Annual report of the Imperial Bacteriologist
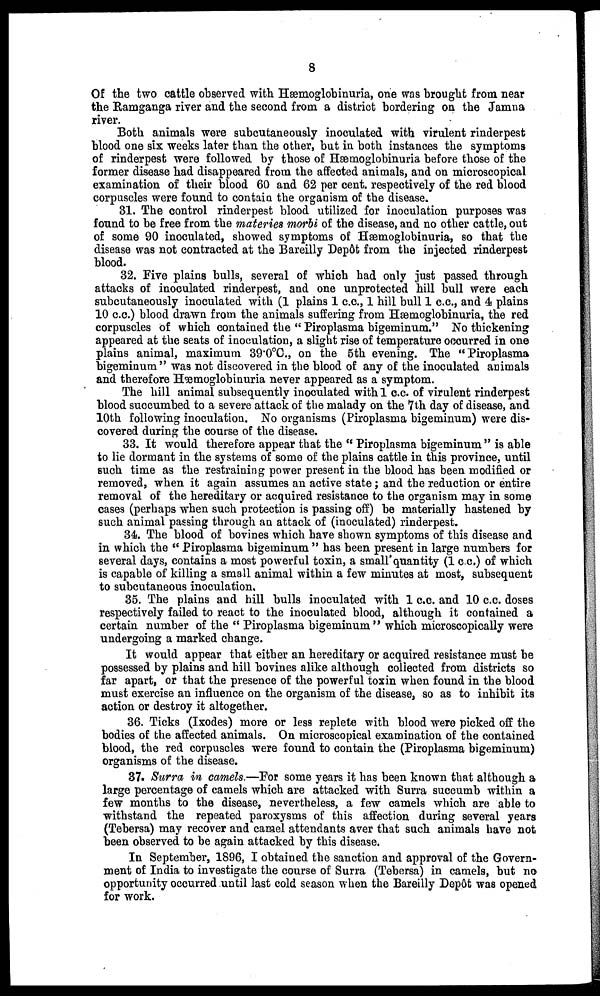
8
Of the two cattle observed with Hæmoglobinuria, one was brought from near
the Ramganga river and the second from a district bordering on the Jamna
river.
Both animals were subcutaneously inoculated with virulent rinderpest
blood one six weeks later than the other, but in both instances the symptoms
of rinderpest were followed by those of Hæmoglobinuria before those of the
former disease had disappeared from the affected animals, and on microscopical
examination of their blood 60 and 62 per cent. respectively of the red blood
corpuscles were found to contain the organism of the disease.
31. The control rinderpest blood utilized for inoculation purposes was
found to be free from the materies morbi of the disease, and no other cattle, out
of some 90 inoculated, showed symptoms of Hæmoglobinuria, so that the
disease was not contracted at the Bareilly Depôt from the injected rinderpest
blood.
32. Five plains bulls, several of which had only just passed through
attacks of inoculated rinderpest, and one unprotected hill bull were each
subcutaneously inoculated with (1 plains 1 c.c., 1 hill bull 1 c.c., and 4 plains
10 c.c.) blood drawn from the animals suffering from Hæmoglobinuria, the red
corpuscles of which contained the " Piroplasma bigeminum." No thickening
appeared at the seats of inoculation, a slight rise of temperature occurred in one
plains animal, maximum 39.0°C., on the 5th evening. The "Piroplasma
bigeminum" was not discovered in the blood of any of the inoculated animals
and therefore Hæmoglobinuria never appeared as a symptom.
The hill animal subsequently inoculated with 1 c.c. of virulent rinderpest
blood succumbed to a severe attack of the malady on the 7th day of disease, and
10th following inoculation. No organisms (Piroplasma bigeminum) were dis-
covered during the course of the disease.
33. It would therefore appear that the " Piroplasma bigeminum " is able
to lie dormant in the systems of some of the plains cattle in this province, until
such time as the restraining power present in the blood has been modified or
removed, when it again assumes an active state; and the reduction or entire
removal of the hereditary or acquired resistance to the organism may in some
cases (perhaps when such protection is passing off) be materially hastened by
such animal passing through an attack of (inoculated) rinderpest.
34. The blood of bovines which have shown symptoms of this disease and
in which the " Piroplasma bigeminum " has been present in large numbers for
several days, contains a most powerful toxin, a small quantity (1 c.c.) of which
is capable of killing a small animal within a few minutes at most, subsequent
to subcutaneous inoculation.
35. The plains and hill bulls inoculated with 1 c.c. and 10 c.c. doses
respectively failed to react to the inoculated blood, although it contained a
certain number of the " Piroplasma bigeminum " which microscopically were
undergoing a marked change.
It would appear that either an hereditary or acquired resistance must be
possessed by plains and hill bovines alike although collected from districts so
far apart, or that the presence of the powerful toxin when found in the blood
must exercise an influence on the organism of the disease, so as to inhibit its
action or destroy it altogether.
36. Ticks (Ixodes) more or less replete with blood were picked off the
bodies of the affected animals. On microscopical examination of the contained
blood, the red corpuscles were found to contain the (Piroplasma bigeminum)
organisms of the disease.
37. Surra in camels.—For some years it has been known that although a
large percentage of camels which are attacked with Surra succumb within a
few months to the disease, nevertheless, a few camels which are able to
withstand the repeated paroxysms of this affection during several years
(Tebersa) may recover and camel attendants aver that such animals have not
been observed to be again attacked by this disease.
In September, 1896, I obtained the sanction and approval of the Govern-
ment of India to investigate the course of Surra (Tebersa) in camels, but no
opportunity occurred until last cold season when the Bareilly Depôt was opened
for work.